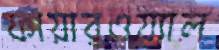
ফায়ারওয়্যাল